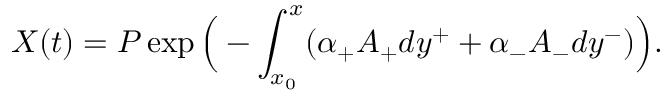
X ( t ) = P \exp \Big ( - \int _ { x _ { 0 } } ^ { x } ( \alpha _ { + } A _ { + } d y ^ { + } + \alpha _ { - } A _ { - } d y ^ { - } ) \Big ) .